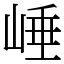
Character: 崜